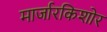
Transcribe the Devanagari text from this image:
मार्जारकिशोर